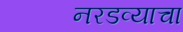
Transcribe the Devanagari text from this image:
नरडव्याचा